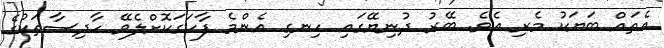
އެތައް ބަޔަކު މެރި އެވެ. ބޭރު ދުނިޔޭގައި ހިނގި އެންމެ ފާހަގަކޮށްލެވޭ ހާދިސާތަކުގެ